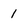
Character: 1